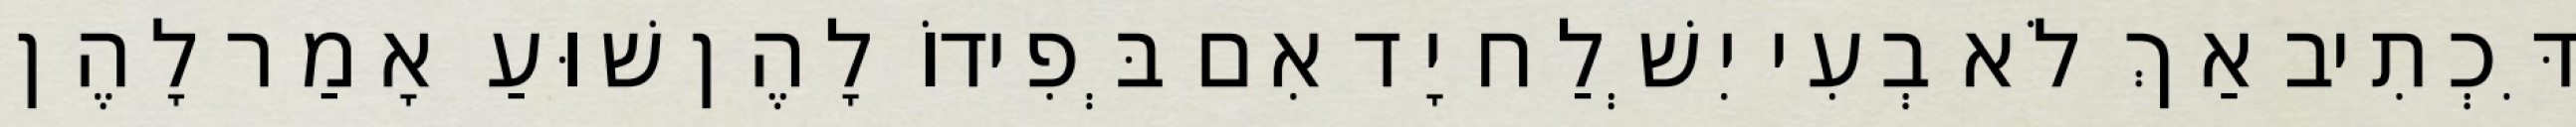
דִּכְתִיב אַךְ לֹא בְעִי יִשְׁלַח יָד אִם בְּפִידוֹ לָהֶן שׁוּעַ אָמַר לָהֶן